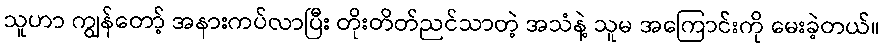
သူဟာ ကျွန်တော့် အနားကပ်လာပြီး တိုးတိတ်ညင်သာတဲ့ အသံနဲ့ သူမ အကြောင်းကို မေးခဲ့တယ်။